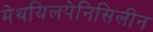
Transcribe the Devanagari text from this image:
मेथयिलपेनिसिलीन